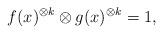
LaTeX: \begin{align*}f(x)^{\otimes k}\otimes g(x)^{\otimes k}=1,\end{align*}